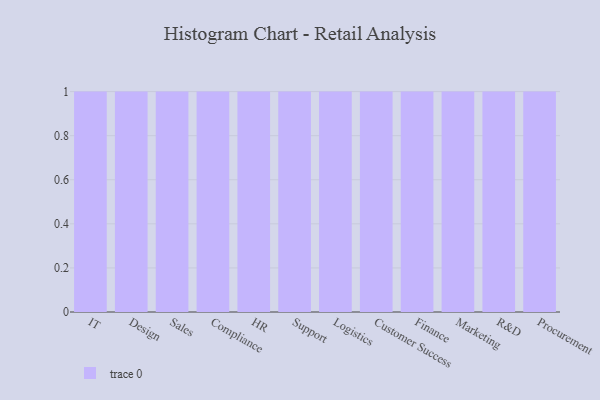
{"axis": {"x": "Department", "y": "Revenue (USD Million)"}, "legend": [""], "data": [{"x": "IT", "y": 23, "type": ""}, {"x": "Design", "y": 28, "type": ""}, {"x": "Sales", "y": 78, "type": ""}, {"x": "Compliance", "y": 72, "type": ""}, {"x": "HR", "y": 99, "type": ""}, {"x": "Support", "y": 87, "type": ""}, {"x": "Logistics", "y": 66, "type": ""}, {"x": "Customer Success", "y": 34, "type": ""}, {"x": "Finance", "y": 91, "type": ""}, {"x": "Marketing", "y": 34, "type": ""}, {"x": "R&D", "y": 78, "type": ""}, {"x": "Procurement", "y": 57, "type": ""}]}